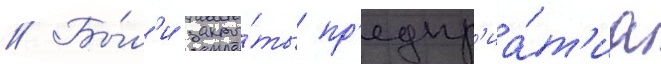
// Бы́л'и закры́ты пр'едпр'иа́т'иа